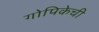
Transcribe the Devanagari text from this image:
गोपिकेची